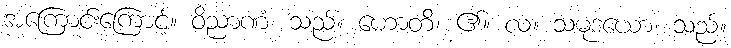
အကြောင်းကြောင့်။ ဝိညာဏံ၊ သည်။ ဟောတိ၊ ၏။ လ။ သမုဒယော၊ သည်။